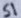
Text: S1